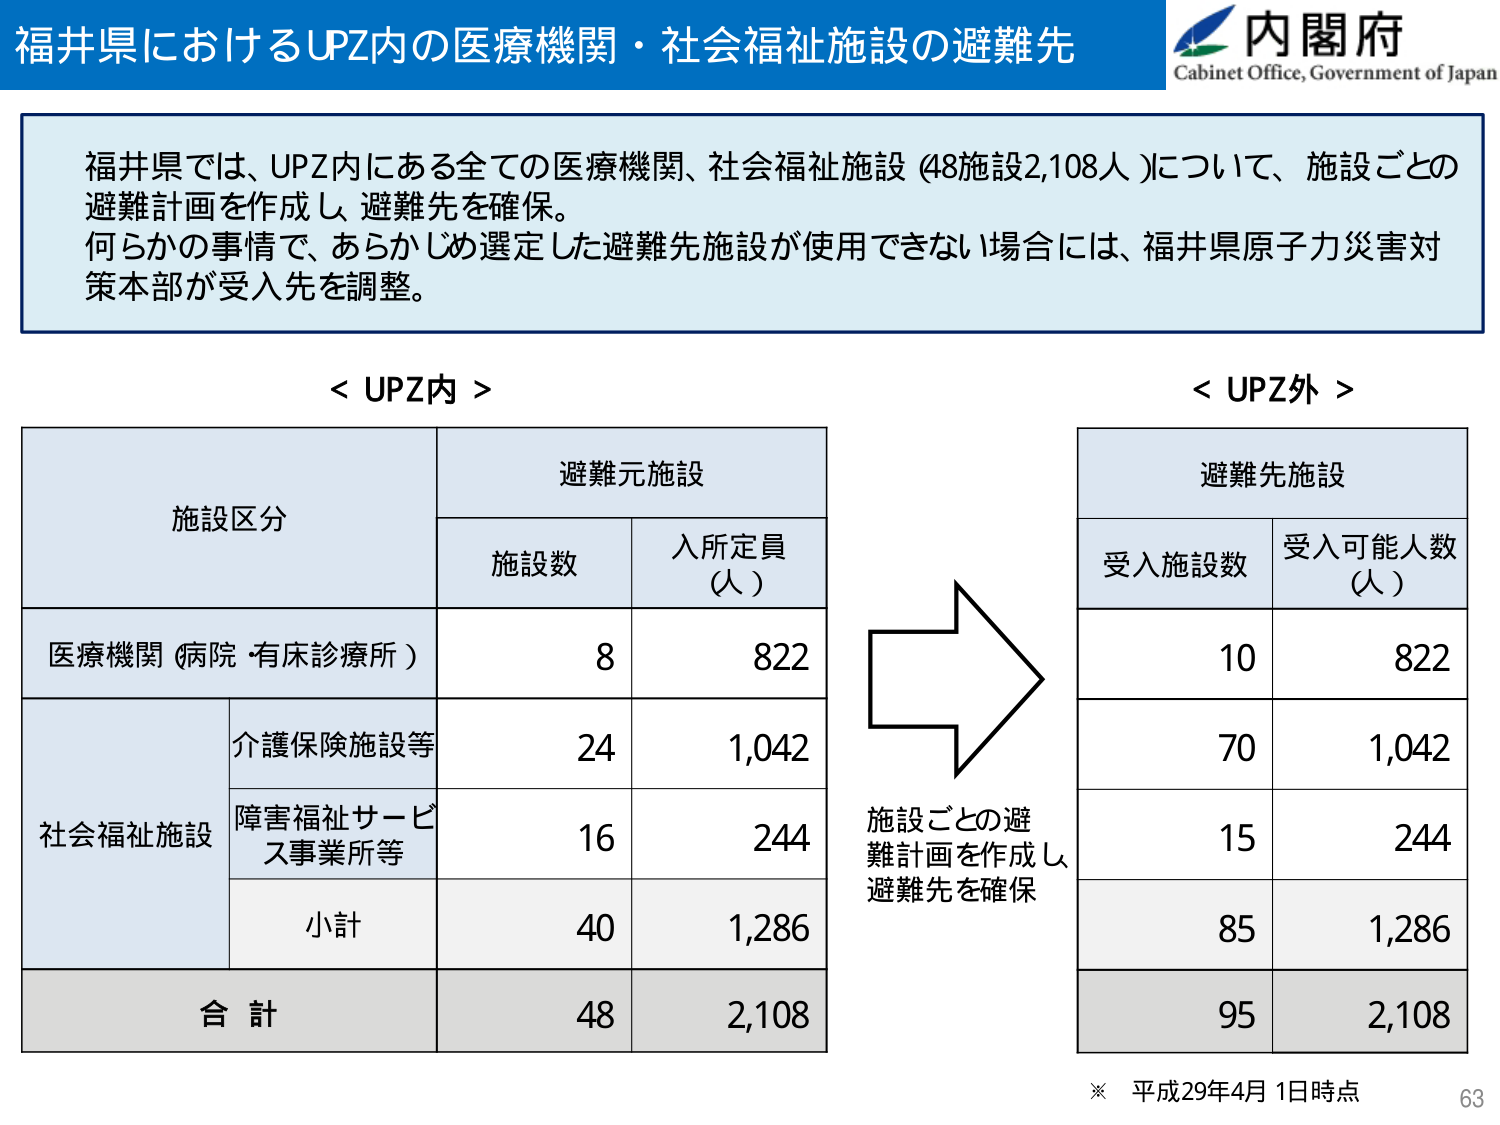
福井県におけるUPZ内の医療機関・社会福祉施設の避難先
内閣府
Cabinet Office, Government of Japan
福井県では、UPZ内にある全ての医療機関、社会福祉施設 (48施設2,108人 )について、施設ごとの
避難計画を作成し、避難先を確保。
何らかの事情で、あらかじめ選定した避難先施設が使用できない場合には、福井県原子力災害対
策本部が受入先を調整。
< UPZ内 >
< UPZ外 >
施設区分
避難元施設
避難先施設
施設数
入所定員
(人)
受入施設数
受入可能人数
(人)
医療機関 (病院・有床診療所)
8
822
10
822
介護保険施設等
24
1,042
70
1,042
社会福祉施設
障害福祉サービス事業所等
16
244
15
244
小計
40
1,286
85
1,286
合計
48
2,108
95
2,108
施設ごとの避難計画を作成し、避難先を確保
※ 平成29年4月1日時点
63